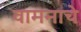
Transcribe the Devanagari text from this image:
वामनाचे